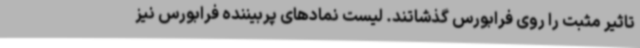
تاثیر مثبت را روی فرابورس گذشاتند. لیست نمادهای پربیننده فرابورس نیز